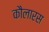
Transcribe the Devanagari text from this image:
कौलारस